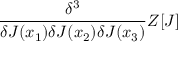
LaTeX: { \frac { \delta ^ { 3 } } { \delta J ( x _ { 1 } ) \delta J ( x _ { 2 } ) \delta J ( x _ { 3 } ) } } Z [ J ]